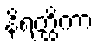
နိရတ္ထိကာ